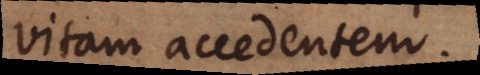
vitam accedentem.